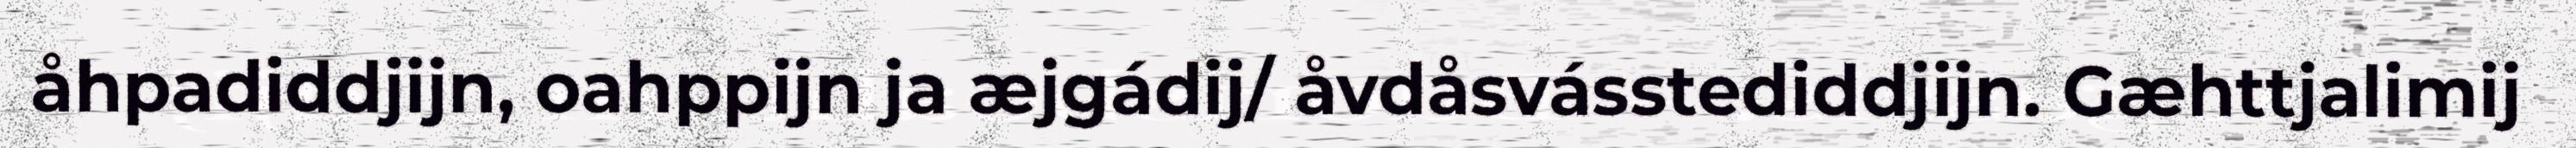
åhpadiddjijn, oahppijn ja æjgádij/ åvdåsvásstediddjijn. Gæhttjalimij